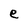
Character: e